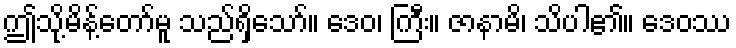
ဤသို့မိန့်တော်မူ သည်ရှိသော်။ ဒေဝ၊ ကြီး။ ဇာနာမိ၊ သိပါ၏။ ဒေဝဿ